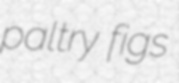
paltry figs